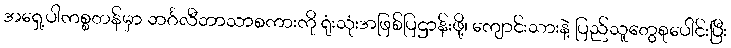
အရှေ့ပါကစ္စတန်မှာ ဘင်္ဂလီဘာသာစကားကို ရုံးသုံးအဖြစ်ပြဌာန်းဖို့၊ ကျောင်းသားနဲ့ ပြည်သူတွေစုပေါင်းပြီး